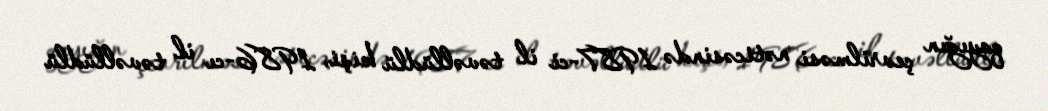
qayığın çevrilməsi nəticəsində 1987-ci il təvəllüdlü kişi, 1986-cı il təvəllüdlü